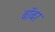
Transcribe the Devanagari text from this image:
बॉबर